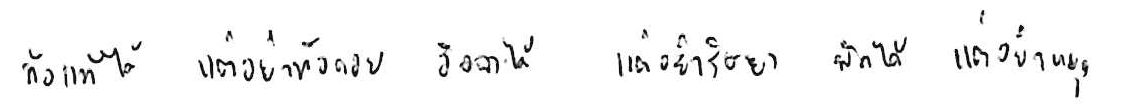
ท้อแท้ได้ แต่อย่าท้อถอย อิจฉาได้ แต่อย่าริษยา พักได้ แต่อย่าหยุด